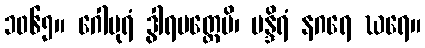
၁၀၆၅။ ဂေါပုရံ ဒွါရမတ္တေပိ၊ မန္ဒိရံ နဂရေ ဃရေ။